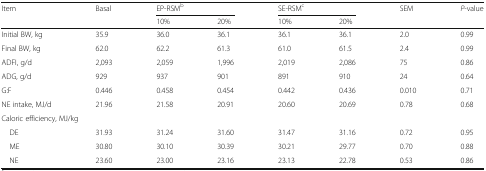
<table><thead><tr><td rowspan="2"><b>Item</b></td><td rowspan="2"><b>Basal</b></td><td colspan="2"><b>EP-RSM<sup>b</sup></b></td><td colspan="2"><b>SE-RSM<sup>c</sup></b></td><td rowspan="2"><b>SEM</b></td><td rowspan="2"><b><i>P</i>-value</b></td></tr><tr><td><b>10%</b></td><td><b>20%</b></td><td><b>10%</b></td><td><b>20%</b></td></tr></thead><tbody><tr><td>Initial BW, kg</td><td>35.9</td><td>36.0</td><td>36.1</td><td>36.1</td><td>36.1</td><td>2.0</td><td>0.99</td></tr><tr><td>Final BW, kg</td><td>62.0</td><td>62.2</td><td>61.3</td><td>61.0</td><td>61.5</td><td>2.4</td><td>0.99</td></tr><tr><td>ADFI, g/d</td><td>2,093</td><td>2,059</td><td>1,996</td><td>2,019</td><td>2,086</td><td>75</td><td>0.86</td></tr><tr><td>ADG, g/d</td><td>929</td><td>937</td><td>901</td><td>891</td><td>910</td><td>24</td><td>0.64</td></tr><tr><td>G:F</td><td>0.446</td><td>0.458</td><td>0.454</td><td>0.442</td><td>0.436</td><td>0.010</td><td>0.71</td></tr><tr><td>NE intake, MJ/d</td><td>21.96</td><td>21.58</td><td>20.91</td><td>20.60</td><td>20.69</td><td>0.78</td><td>0.68</td></tr><tr><td colspan="8">Caloric efficiency, MJ/kg</td></tr><tr><td> DE</td><td>31.93</td><td>31.24</td><td>31.60</td><td>31.47</td><td>31.16</td><td>0.72</td><td>0.95</td></tr><tr><td> ME</td><td>30.80</td><td>30.10</td><td>30.39</td><td>30.21</td><td>29.77</td><td>0.70</td><td>0.88</td></tr><tr><td> NE</td><td>23.60</td><td>23.00</td><td>23.16</td><td>23.13</td><td>22.78</td><td>0.53</td><td>0.86</td></tr></tbody></table>